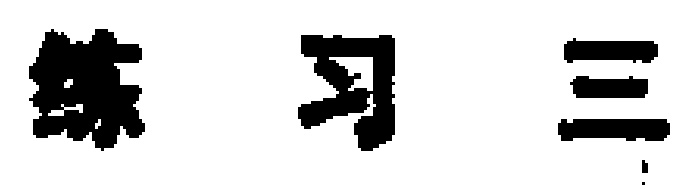
练习三